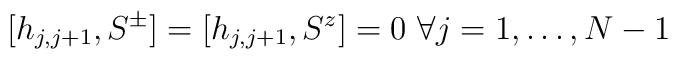
[h_{j,j+1}, S^{\pm}] = [h_{j,j+1}, S^{z}] = 0\ \ \\ \forall j = 1,\ldots ,N-1